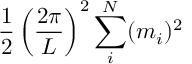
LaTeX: { \frac { 1 } { 2 } } \left( { \frac { 2 \pi } { L } } \right) ^ { 2 } \sum _ { i } ^ { N } ( m _ { i } ) ^ { 2 }